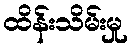
ထိန်းသိမ်းမှု